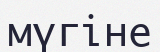
мүгіне